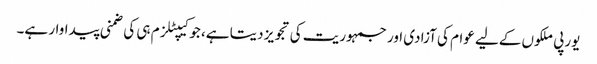
یورپی ملکوں کےلیے عوام کی آزادی اور جمہوریت کی تجویز دیتا ہے، جو کیپٹلزم ہی کی ضمنی پیداوار ہے۔